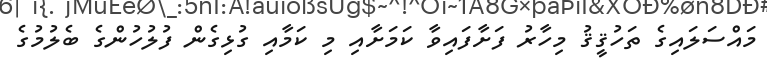
މައްސަލައިގެ ތަހުޤީޤު މިހާރު ފަށާފައިވާ ކަމަށާއި މި ކަމާއި ގުޅިގެން ފުލުހުންގެ ބެލުމުގެ